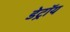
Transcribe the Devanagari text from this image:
डेट्रॉय